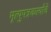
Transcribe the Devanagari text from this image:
मृत्युपत्रकर्त्याचे